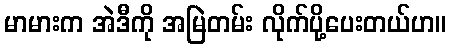
မာမားက အဲဒီကို အမြဲတမ်း လိုက်ပို့ပေးတယ်ဟ။